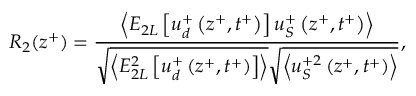
R _ { 2 } ( z ^ { + } ) = \frac { \left< E _ { 2 L } \left[ u _ { d } ^ { + } \left( z ^ { + } , t ^ { + } \right) \right] u _ { S } ^ { + } \left( z ^ { + } , t ^ { + } \right) \right> } { \sqrt { \left< E _ { 2 L } ^ { 2 } \left[ u _ { d } ^ { + } \left( z ^ { + } , t ^ { + } \right) \right] \right> } \sqrt { \left< u _ { S } ^ { + 2 } \left( z ^ { + } , t ^ { + } \right) \right> } } ,